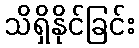
သိရှိနိုင်ခြင်း